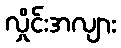
လှိုင်းအလျား